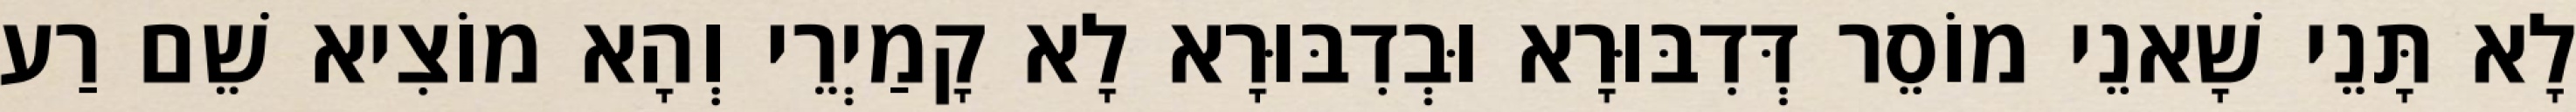
לָא תָּנֵי שָׁאנֵי מוֹסֵר דְּדִבּוּרָא וּבְדִבּוּרָא לָא קָמַיְרֵי וְהָא מוֹצִיא שֵׁם רַע